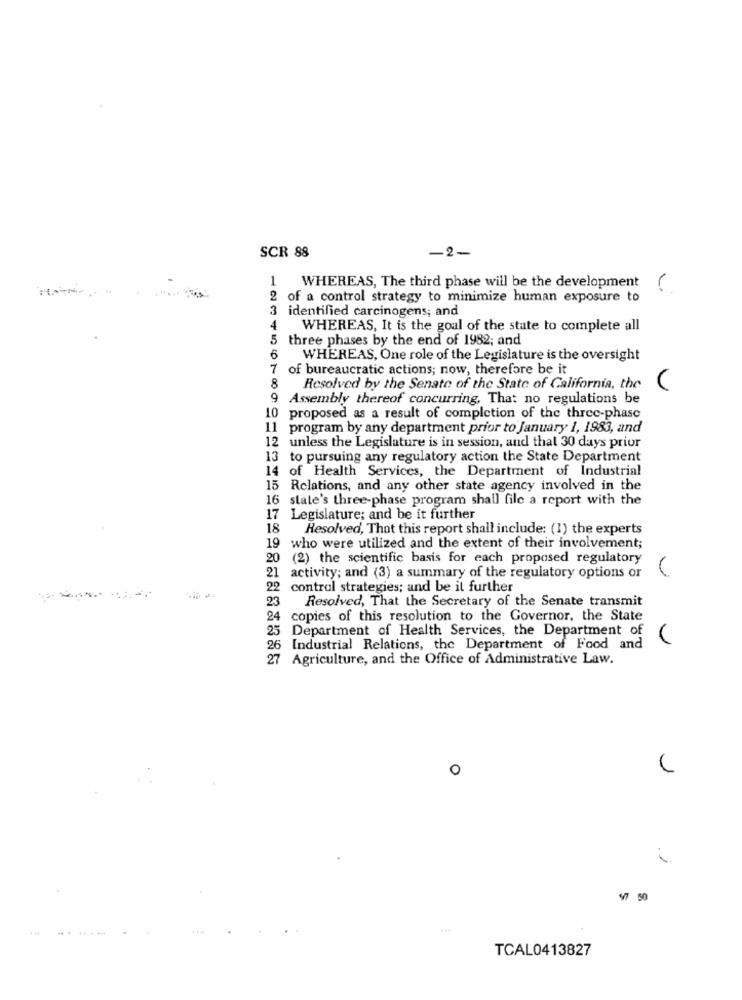
SCR 88
-2-
1
WHEREAS, The third phase will be the development
2 of a control strategy to minimize human exposure to
3
identified carcinogens; and
4
WHEREAS, It is the goal of the state to complete all
5
three phases by the end of 1982; and
6
WHEREAS, One role of the Legislature is the oversight
7
of bureaucratic actions; now, therefore be it
8
Resolved by the Senate of the State of California, the
9 Assembly thereof concurring, That no regulations be
10 proposed as a result of completion of the three-phase
11 program by any department prior to January 1, 1983, and
12 unless the Legislature is in session, and that 30 days prior
13 to pursuing any regulatory action the State Department
14 of Health Services, the Department of Industrial
15 Relations, and any other state agency involved in the
16
slale's three-phase program shall file a report with the
17 Legislature; and be it further
18
Resolved, That this report shall include: (1) the experts
19 who were utilized and the extent of their involvement;
20
(2) the scientific basis for each proposed regulatory
21
activity; and (3) a summary of the regulatory options or
22
control strategies; and be il further
23
Resolved, That the Secretary of the Senate transmit
24
copies of this resolution to the Governor, the State
25
Department of Health Services, the Department of
26
Industrial Relations, the Department of Food and
27
Agriculture, and the Office of Administrative Law.
o
. 1
47 50
......
TCAL0413827